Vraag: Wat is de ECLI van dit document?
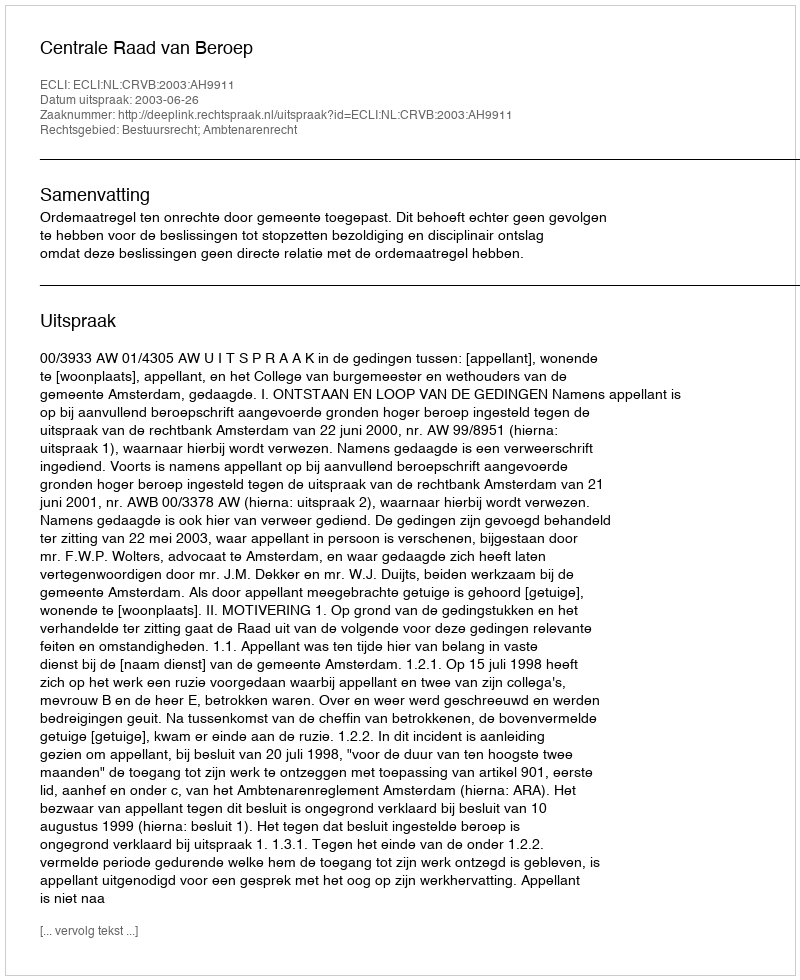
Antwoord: ECLI:NL:CRVB:2003:AH9911